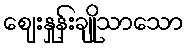
ဈေးနှုန်းချိုသာသော